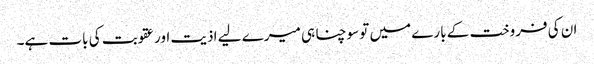
ان کی فروخت کے بارے میں تو سوچنا ہی میرے لیے اذیت اور عقوبت کی بات ہے۔